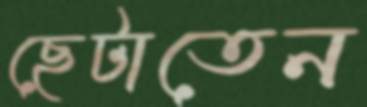
ছেটাতেন